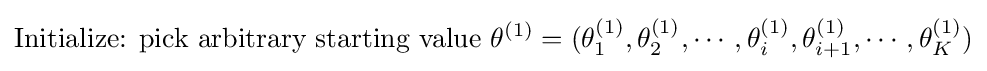
{\text{Initialize: pick arbitrary starting value}}\,\,\theta ^{(1)}=(\theta _{1}^{(1)},\theta _{2}^{(1)},\cdots ,\theta _{i}^{(1)},\theta _{i+1}^{(1)},\cdots ,\theta _{K}^{(1)})